Indian Civil Veterinary Department memoirs
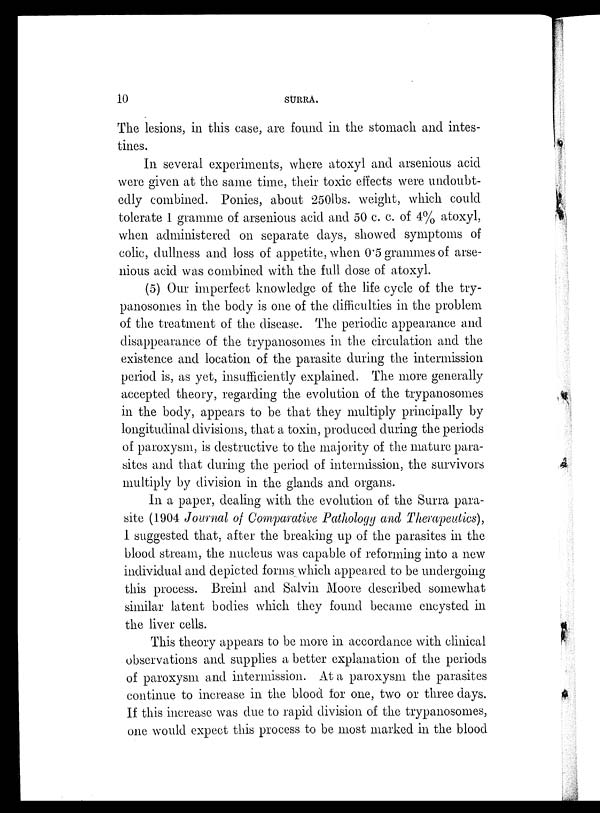
10
SURRA.
The lesions, in this case, are found in the stomach and intes-
tines.
In several experiments, where atoxyl and arsenious acid
were given at the same time, their toxic effects were undoubt-
edly combined. Ponies, about 250lbs. weight, which could
tolerate 1 gramme of arsenious acid and 50 c. c. of 4% atoxyl,
when administered on separate days, showed symptoms of
colic, dullness and loss of appetite, when 0.5 grammes of arse-
nious acid was combined with the full dose of atoxyl.
(5) Our imperfect knowledge of the life cycle of the try-
panosomes in the body is one of the difficulties in the problem
of the treatment of the disease. The periodic appearance and
disappearance of the trypanosomes in the circulation and the
existence and location of the parasite during the intermission
period is, as yet, insufficiently explained. The more generally
accepted theory, regarding the evolution of the trypanosomes
in the body, appears to be that they multiply principally by
longitudinal divisions, that a toxin, produced during the periods
of paroxysm, is destructive to the majority of the mature para-
sites and that during the period of intermission, the survivors
multiply by division in the glands and organs.
In a paper, dealing with the evolution of the Surra para-
site (1904 Journal of Comparative Pathology and Therapeutics),
I suggested that, after the breaking up of the parasites in the
blood stream, the nucleus was capable of reforming into a new
individual and depicted forms which appeared to be undergoing
this process. Breinl and Salvin Moore described somewhat
similar latent bodies which they found became encysted in
the liver cells.
This theory appears to be more in accordance with clinical
observations and supplies a better explanation of the periods
of paroxysm and intermission. At a paroxysm the parasites
continue to increase in the blood for one, two or three days.
If this increase was due to rapid division of the trypanosomes,
one would expect this process to be most marked in the blood